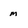
Character: m